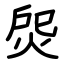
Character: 焈